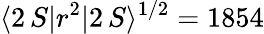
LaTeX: \langle 2\, S|r^{2}|2\, S\rangle^{1/2}=1854